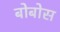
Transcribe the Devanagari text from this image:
बोबोस